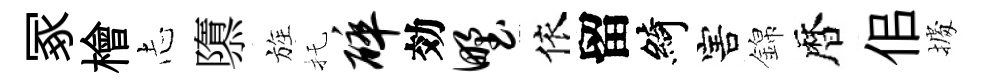
冢檜𢖽隳旌托碎効野依留綺害錦暦佀𢴃